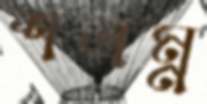
শত্রম্ন